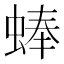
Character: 蜯